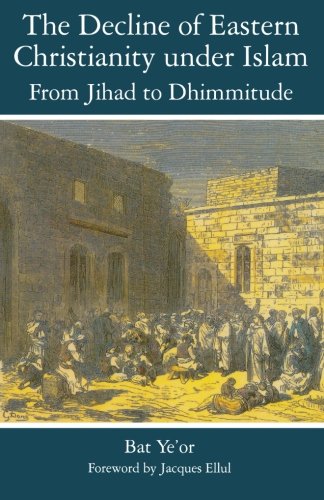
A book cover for The Decline of Eastern Christianity Under Islam: From Jihad to Dhimmitude: Seventh-Twentieth Century; Bat Yeor; History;